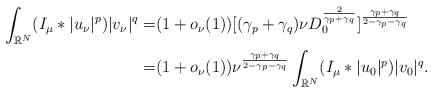
LaTeX: \begin{align*}\aligned\int_{\mathbb{R}^N}(I_\mu*|{u_\nu}|^{p})|{v_\nu}|^{q}=&(1+o_\nu(1))[(\gamma_p+\gamma_q)\nu D^{\frac{2}{\gamma_p+\gamma_q}}_0]^{\frac{\gamma_p+\gamma_q}{2-\gamma_p-\gamma_q}}\\=&(1+o_\nu(1))\nu^{\frac{\gamma_p+\gamma_q}{2-\gamma_p-\gamma_q}}\int_{\mathbb{R}^N}(I_\mu*|{u_0}|^{p})|{v_0}|^{q}.\endaligned\end{align*}